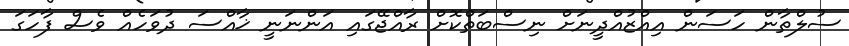
ސުލްތާން ހަސަން އިއްޒުއްދީނަށް ނިސްބަތްކޮށް ރާއްޖޭގައި އަންނަނީ ޚާއްސަ ދުވަހެއް ވެސް ފާހަގަ